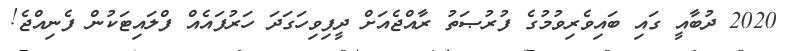
2020 ދުބާއީ ގައި ބައިވެރިވުމުގެ ފުރުޞަތު ރާއްޖެއަށް ދީފިވިހަގަދަ ހަރުފައެއް ފްލައިޓަކުން ފެނިއްޖެ!